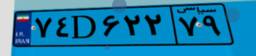
۵۱D۳۴۲۴۴